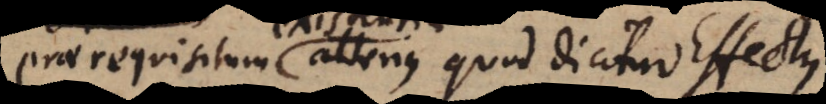
praerequisitum alterius quod dicitur Effect